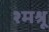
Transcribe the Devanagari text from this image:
श्मश्रू